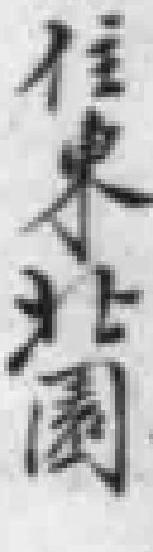
住東北園